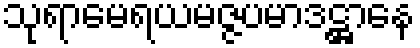
သုရာမေရယမဇ္ဇပမာဒဋ္ဌာနေ